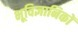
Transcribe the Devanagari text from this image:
भूविज्ञानिकों